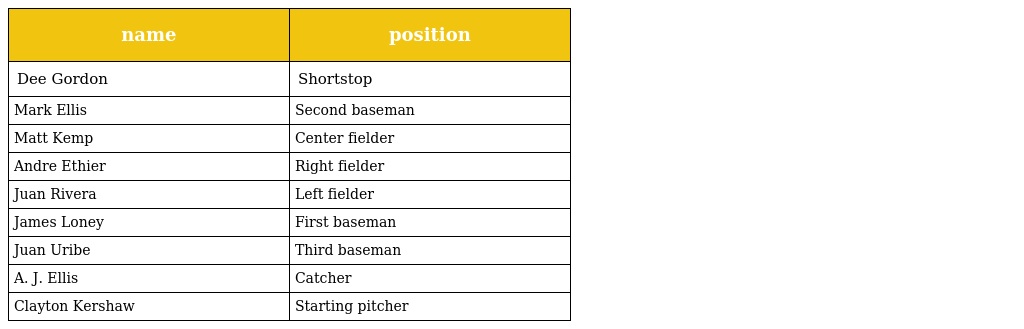
| name | position |
 | --- | --- |
 | Dee Gordon | Shortstop |
 | Mark Ellis | Second baseman |
 | Matt Kemp | Center fielder |
 | Andre Ethier | Right fielder |
 | Juan Rivera | Left fielder |
 | James Loney | First baseman |
 | Juan Uribe | Third baseman |
 | A. J. Ellis | Catcher |
 | Clayton Kershaw | Starting pitcher |